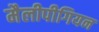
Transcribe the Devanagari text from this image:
मैलीपीगियन